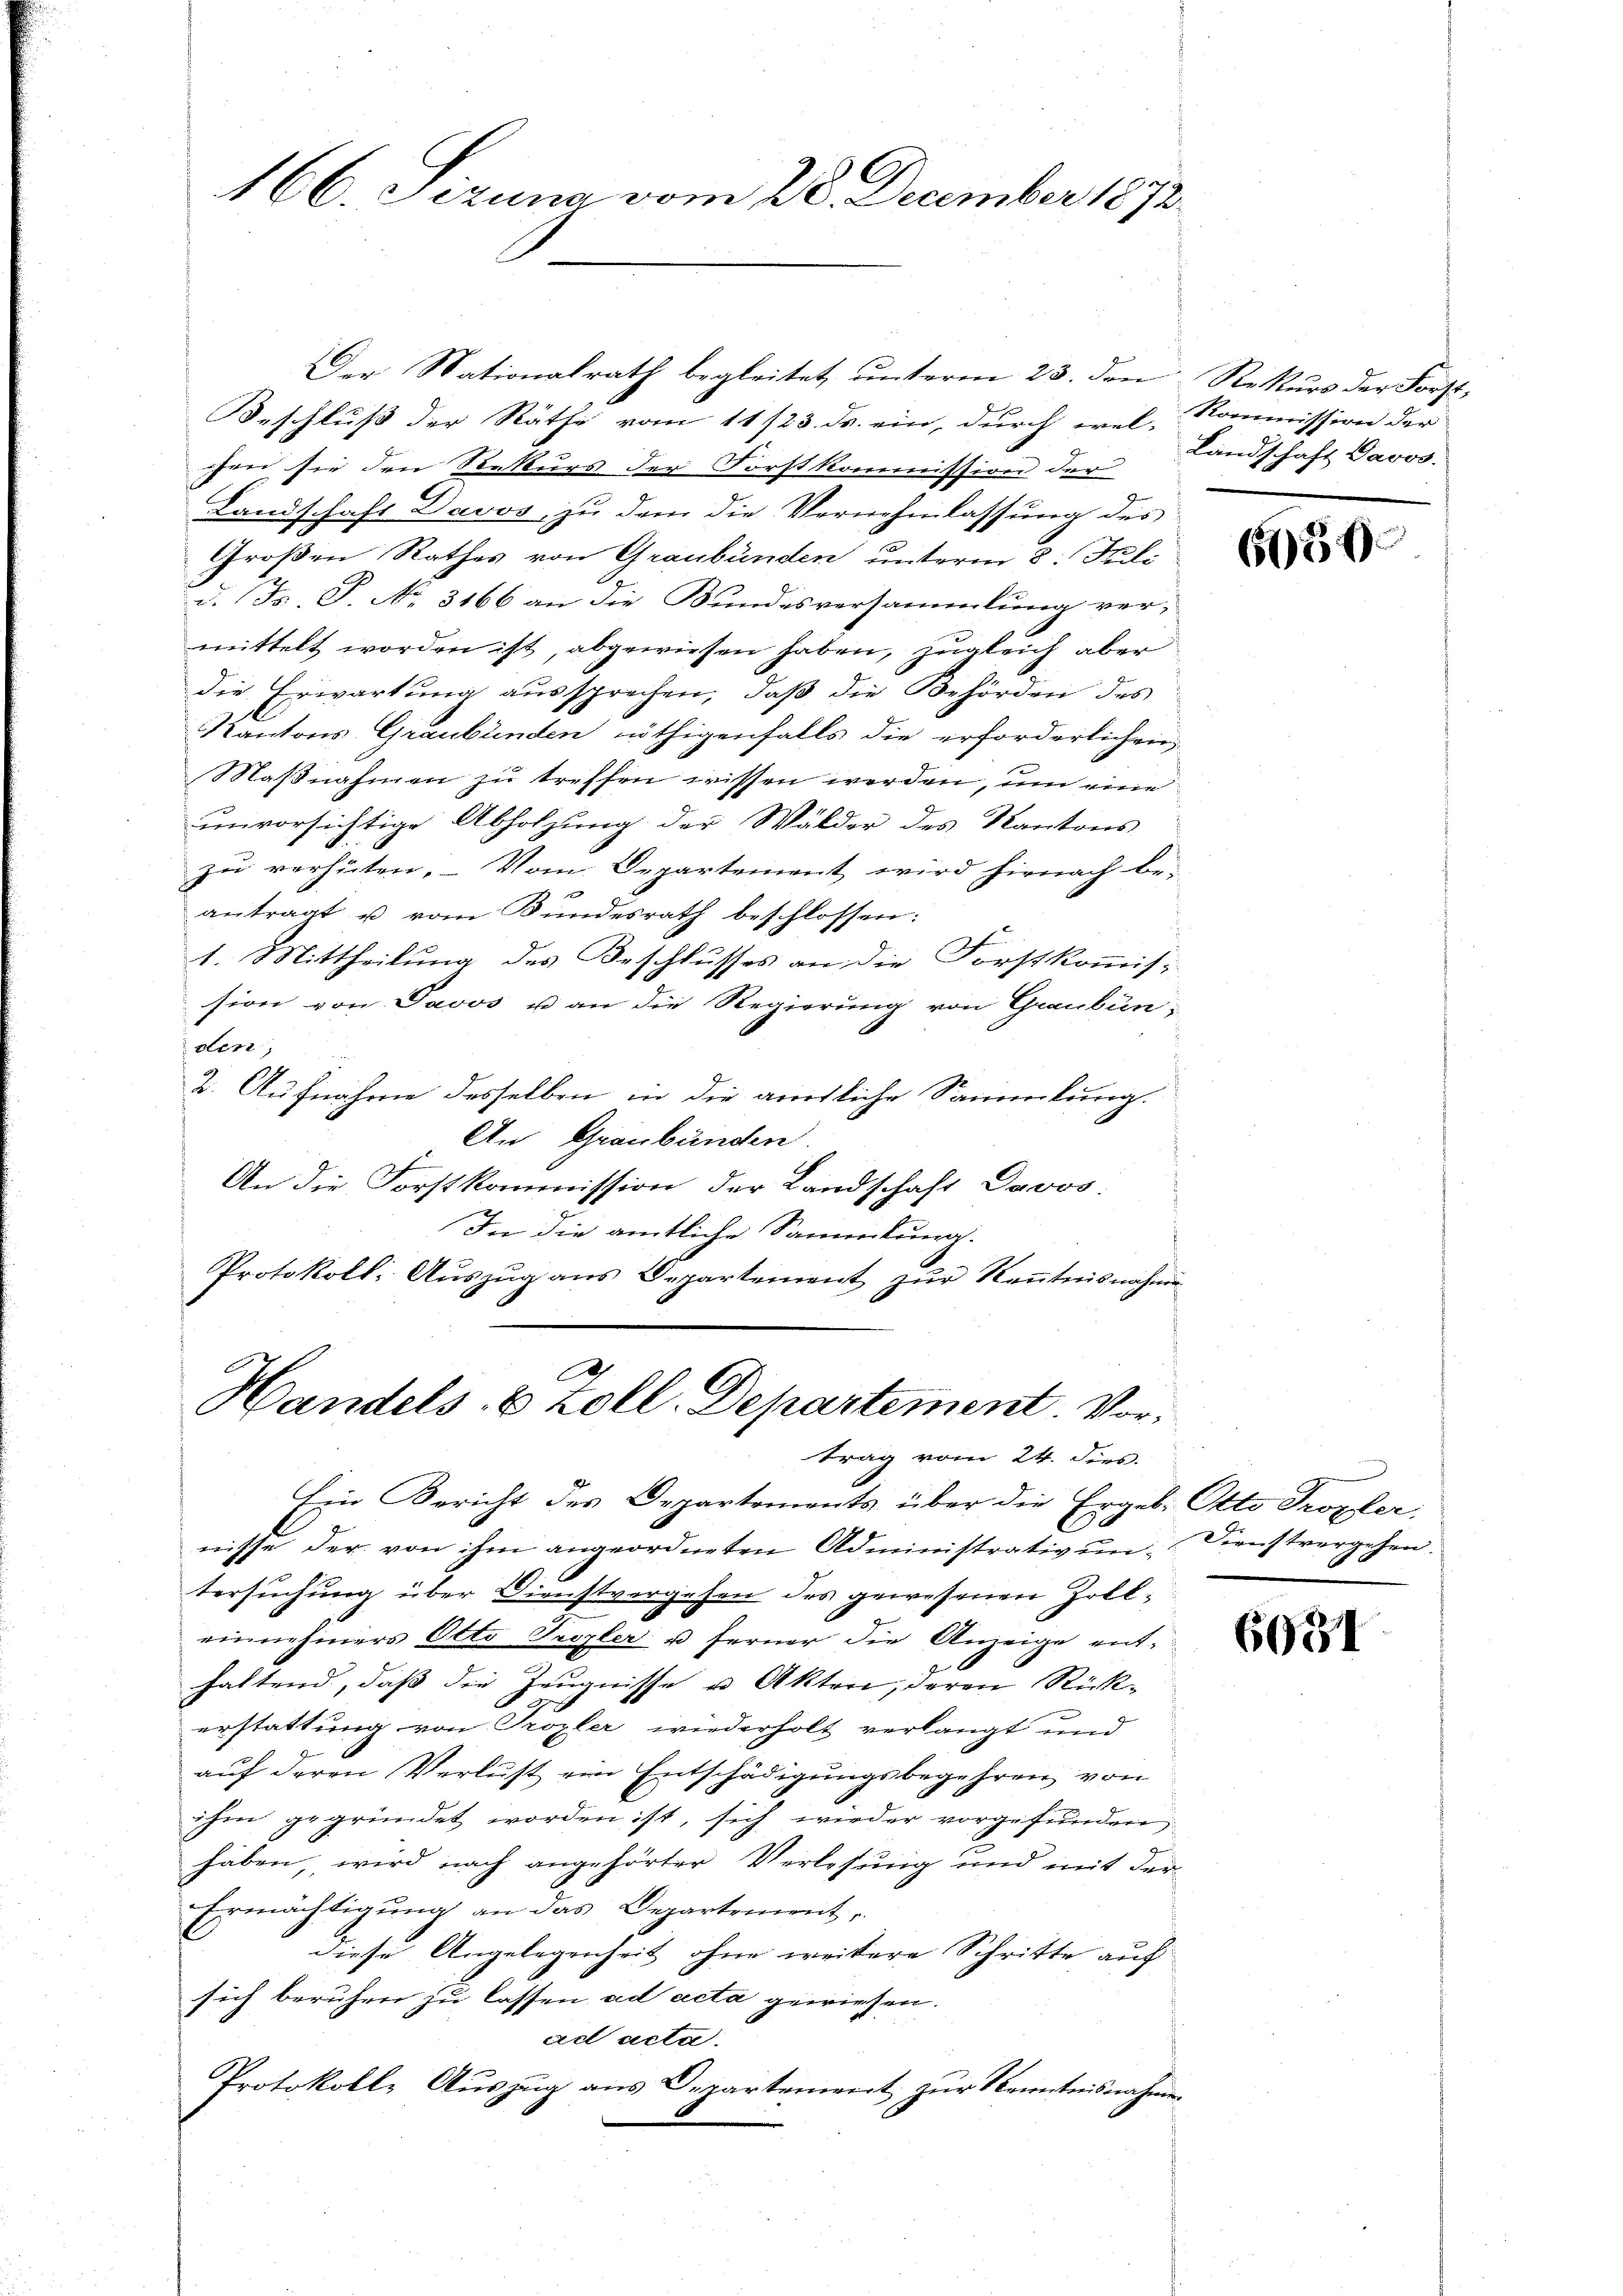
166. Sizung vom 28. December 1872

Der Nationalrath begleitet ŭnterm 23. den Rekŭrs der Forst
Beschluß der Räthe vom 11/23. ds. ein, durch wel- Kommission der
chen sie den Rekurs der Forstkommission der
Landschaft Davos, zu dem die Vernehmlassung des
Großen Rathes von Graubünden unterm 8. Juli
d. Fs. S. No. 3166 an die Bundesversammlung vermittelt worden ist, abgewiesen haben, zugleich aber
die Erwartung aussprechen, daß die Behörden des
Kantons Graubünden nöthigenfalls die erforderlichen
Maßnahmen zu treffen wissen werden, um eine
unvorsichtige Abholzung der Wälder des Kantons
zu verhüten. – Vom Departement wird hirnach be-
antragt u vom Bundesrath beschlossen:
1. Mittheilung des Beschlusses an die Forstkommis-
sion von Davos u an die Regierung von Graubün
den;
2. Aufnahme desselben in die amtliche Sammlung.
An Graubünden.
An die Forstkommission der Landschaft Davos.
In die amtliche Sammlung.
Protokoll: Auszug aus Departement zur Kenntnisnahmen
.

Handels- & Zoll-Departement. Vortrag vom 24. dies.

Ein Bericht des Departements über die Ergeb. Otto Tropfer,
nisse der von ihm angeordneten Administrativen Dienstvergehen.
tersuchung über Dienstvergehen des gewesenen Zolleinnehmers Otto Trezler u. ferner die Anzeige enthattend, daß die Zeugnisse u. Akten, deren Rückerstattung von Trozler wiederholt verlangt und
auf deren Verlust ein Entschädigungsbegehren von
ihm gegründet worden ist, sich wieder vorgefunden,
haben, wird nach angehörter Verlesung und mit der-
Ermächtigung an das Departement,
diese Angelegenheit ohne weitere Schritte auf
sich beruhen zu lassen ad acta gewiesen.
ad acta.
Protokolle Auszug aus Departement, zur Kenntnisnahmen

Landschaft Davos.

6639

6031